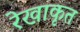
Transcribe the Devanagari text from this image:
रेखाकृत